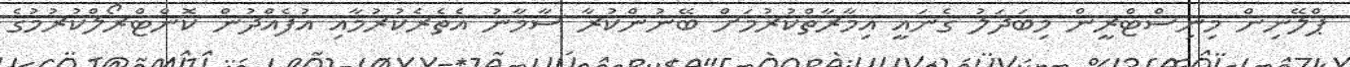
ޕްލޭނިން މިނިސްޓްރީން މިބަދަލު ގެނައީ އިމާރާތްކުރުމަށް ބޭނުންކުރާ ސާމާނު އެތެރެކުރުމާއި އުފެއްދުން ކޮންޓްރޯލްކުރުމުގެ